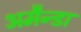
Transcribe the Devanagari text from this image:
अमैन्डा